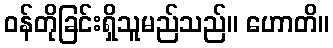
ဝန်တိုခြင်းရှိသူမည်သည်။ ဟောတိ။